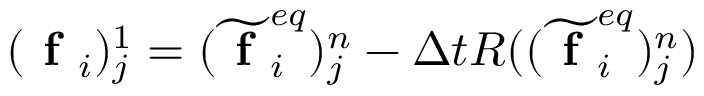
( \textbf { f } _ { i } ) _ { j } ^ { 1 } = ( \widetilde { \textbf { f } } _ { i } ^ { e q } ) _ { j } ^ { n } - \Delta t R ( ( \widetilde { \textbf { f } } _ { i } ^ { e q } ) _ { j } ^ { n } )